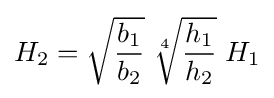
H_{2}={\sqrt {\frac {b_{1}}{b_{2}}}}\;{\sqrt[{4}]{\frac {h_{1}}{h_{2}}}}\;H_{1}